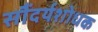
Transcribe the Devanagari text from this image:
सौंदर्यशोधक